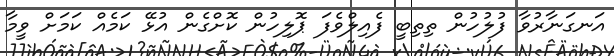
އަނގަނާރުވާ ފުލުހުން ތިތިބީ ފެއިލްވެފަ ޕޮލިހުން ކޮށްގެން އުޅޭ ކަމެއް ކަމަށް ވީމާ